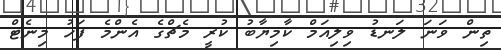
ތިން ވަނަ ލަނޑު ވިލިއަމް ކާމިޔާބު ކުރީ މެޗްގެ އެންމެ ފަހު މިނެޓް